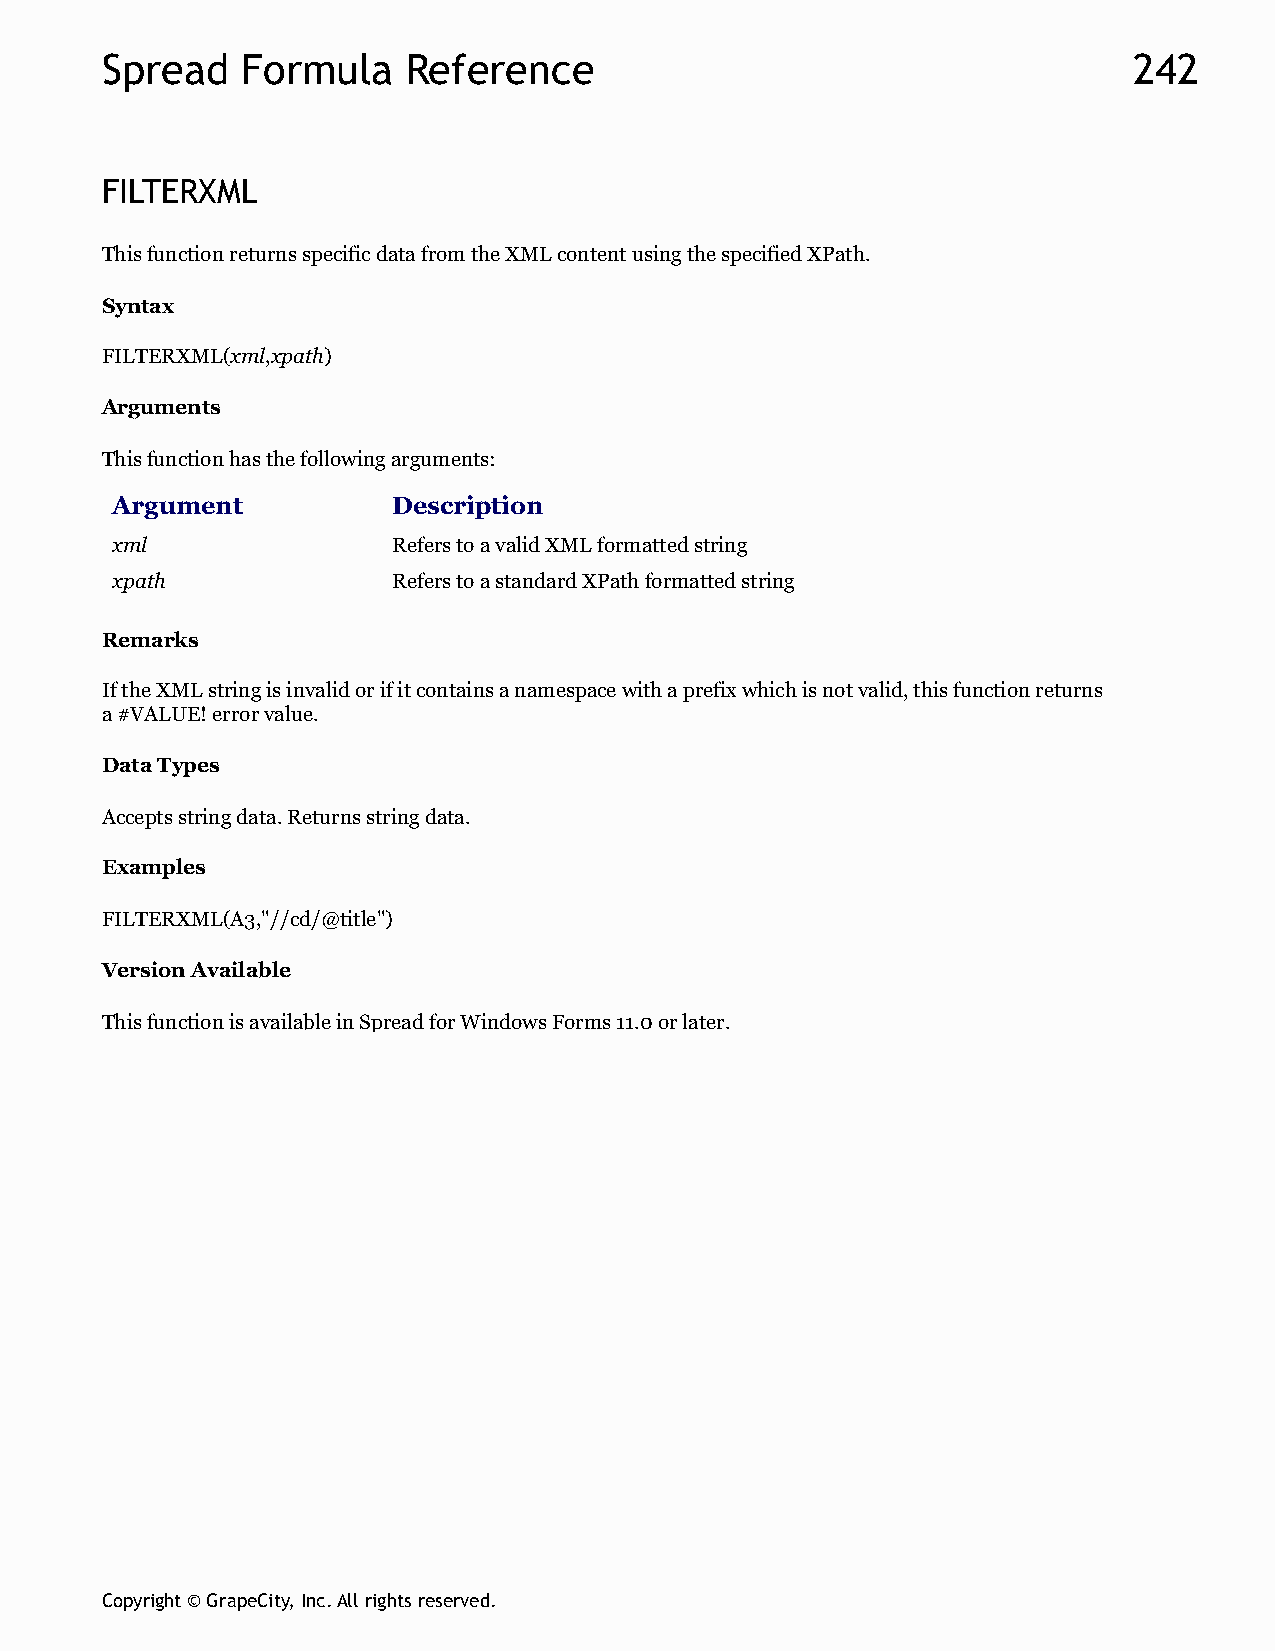
Spread   Formula    Reference                                       242
 FILTERXML
 This function returns specific data from the XML content using the specified XPath.
 Syntax
 FILTERXML(xml,xpath)
 Arguments
 This function has the following arguments:
 Argument           Description
 xml                Refers to a valid XML formatted string
 xpath              Refers to a standard XPath formatted string
 Remarks
 If the XML string is invalid or if it contains a namespace with a prefix which is not valid, this function returns
 a #VALUE! error value.
 Data Types
 Accepts string data. Returns string data.
 Examples
 FILTERXML(A3,"//cd/@title")
 Version Available
 This function is available in Spread for Windows Forms 11.0 or later.
 Copyright © GrapeCity, Inc. All rights reserved.